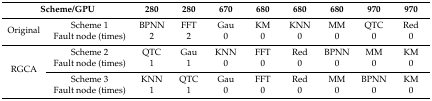
| <COLSPAN=2> Scheme/GPU | 280 | 280 | 670 | 680 | 680 | 680 | 970 | 970 |
 | --- | --- | --- | --- | --- | --- | --- | --- | --- | --- |
 | <ROWSPAN=2> Original | Scheme 1 | BPNN | FFT | Gau | KM | KNN | MM | QTC | Red |
 | Fault node (times) | 2 | 2 | 0 | 0 | 0 | 0 | 0 | 0 |
 | <ROWSPAN=4> RGCA | Scheme 2 | QTC | Gau | KNN | FFT | Red | BPNN | MM | KM |
 | Fault node (times) | 1 | 1 | 0 | 0 | 0 | 0 | 0 | 0 |
 | Scheme 3 | KNN | QTC | Gau | FFT | Red | MM | BPNN | KM |
 | Fault node (times) | 1 | 1 | 0 | 0 | 0 | 0 | 0 | 0 |